Civil Veterinary Department. Madras. Admin. report 1926-33 - 1926-1933
Year: 1926
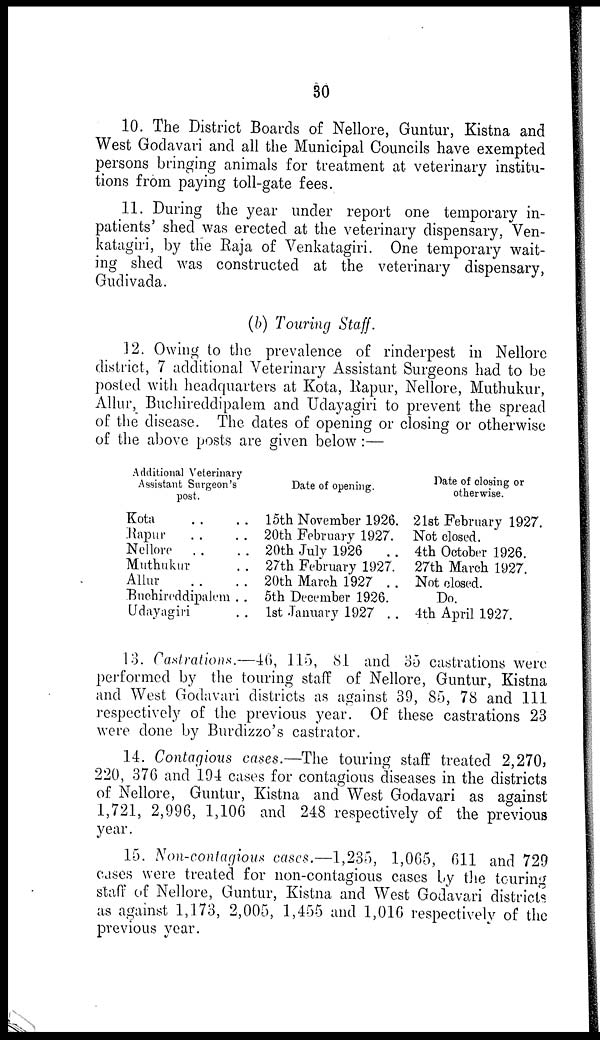
30
10. The District Boards of Nellore, Guntur, Kistna and
West Godavari and all the Municipal Councils have exempted
persons bringing animals for treatment at veterinary institu-
tions from paying toll-gate fees.
11. During the year under report one temporary in-
patients' shed was erected at the veterinary dispensary, Ven-
katagiri, by the Raja of Venkatagiri. One temporary wait-
ing shed was constructed at the veterinary dispensary,
Gudivada.
(b) Touring Staff.
12. Owing to the prevalence of rinderpest in Nellore
district, 7 additional Veterinary Assistant Surgeons had to be
posted with headquarters at Kota, Rapur, Nellore, Muthukur,
Allur, Buchireddipalem and Udayagiri to prevent the spread
of the disease. The dates of opening or closing or otherwise
of the above posts are given below:—
Additional Veterinary
Assistant Surgeon's
post.
Kota .. ..
Rapur .. ..
Nellore .. ..
Muthukur ..
Alto .. ..
Buchireddipalem ..
Udayagiri ..
Date of opening.
15th November 1926.
20th February 1927.
20th July 1926
..
27th February 1927.
20th March 1927 ..
5th December 1926.
1st January 1927 ..
Date of closing or
otherwise.
21st February 1927.
Not closed.
4th October 1926.
27th March 1927.
Not closed.
Do.
4th April 1927.
13. Castrations.—46, 115, 81 and 35 castrations were
performed by the touring staff of Nellore, Guntur, Kistna
and West Godavari districts as against 39, 85, 78 and 111
respectively of the previous year. Of these castrations 23
were done by Burdizzo's castrator.
14. Contagious cases.—The touring staff treated 2,270,
220, 376 and 194 cases for contagious diseases in the districts
of Nellore, Guntur, Kistna and West Godavari as against
1,721, 2,996, 1,106 and 248 respectively of the previous
year.
15. Non-contagious cases.—1,235, 1,065, 611 and 729
cases were treated for non-contagious cases by the touring
staff of Nellore, Guntur, Kistna and West Godavari districts
as against 1,173, 2,005, 1,455 and 1,016 respectively of the
previous year.